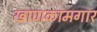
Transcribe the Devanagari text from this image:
खाणकामगार